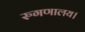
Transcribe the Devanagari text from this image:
रुगणालय।